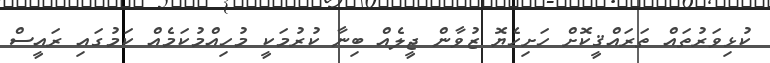
ކުޅިވަރުތައް ތަރައްޤީކޮށް ހަށިހެޔޮ ޒުވާން ޖީލެއް ބިނާ ކުރުމަކީ މުހިއްމުކަމެއް ކަމުގައި ރައީސް